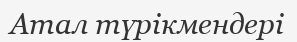
Атал түрікмендері